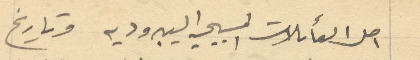
اصل العائلات المسيحيه اليبروديه وتاريخ